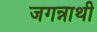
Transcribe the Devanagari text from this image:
जगन्नाथी